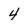
Character: 4